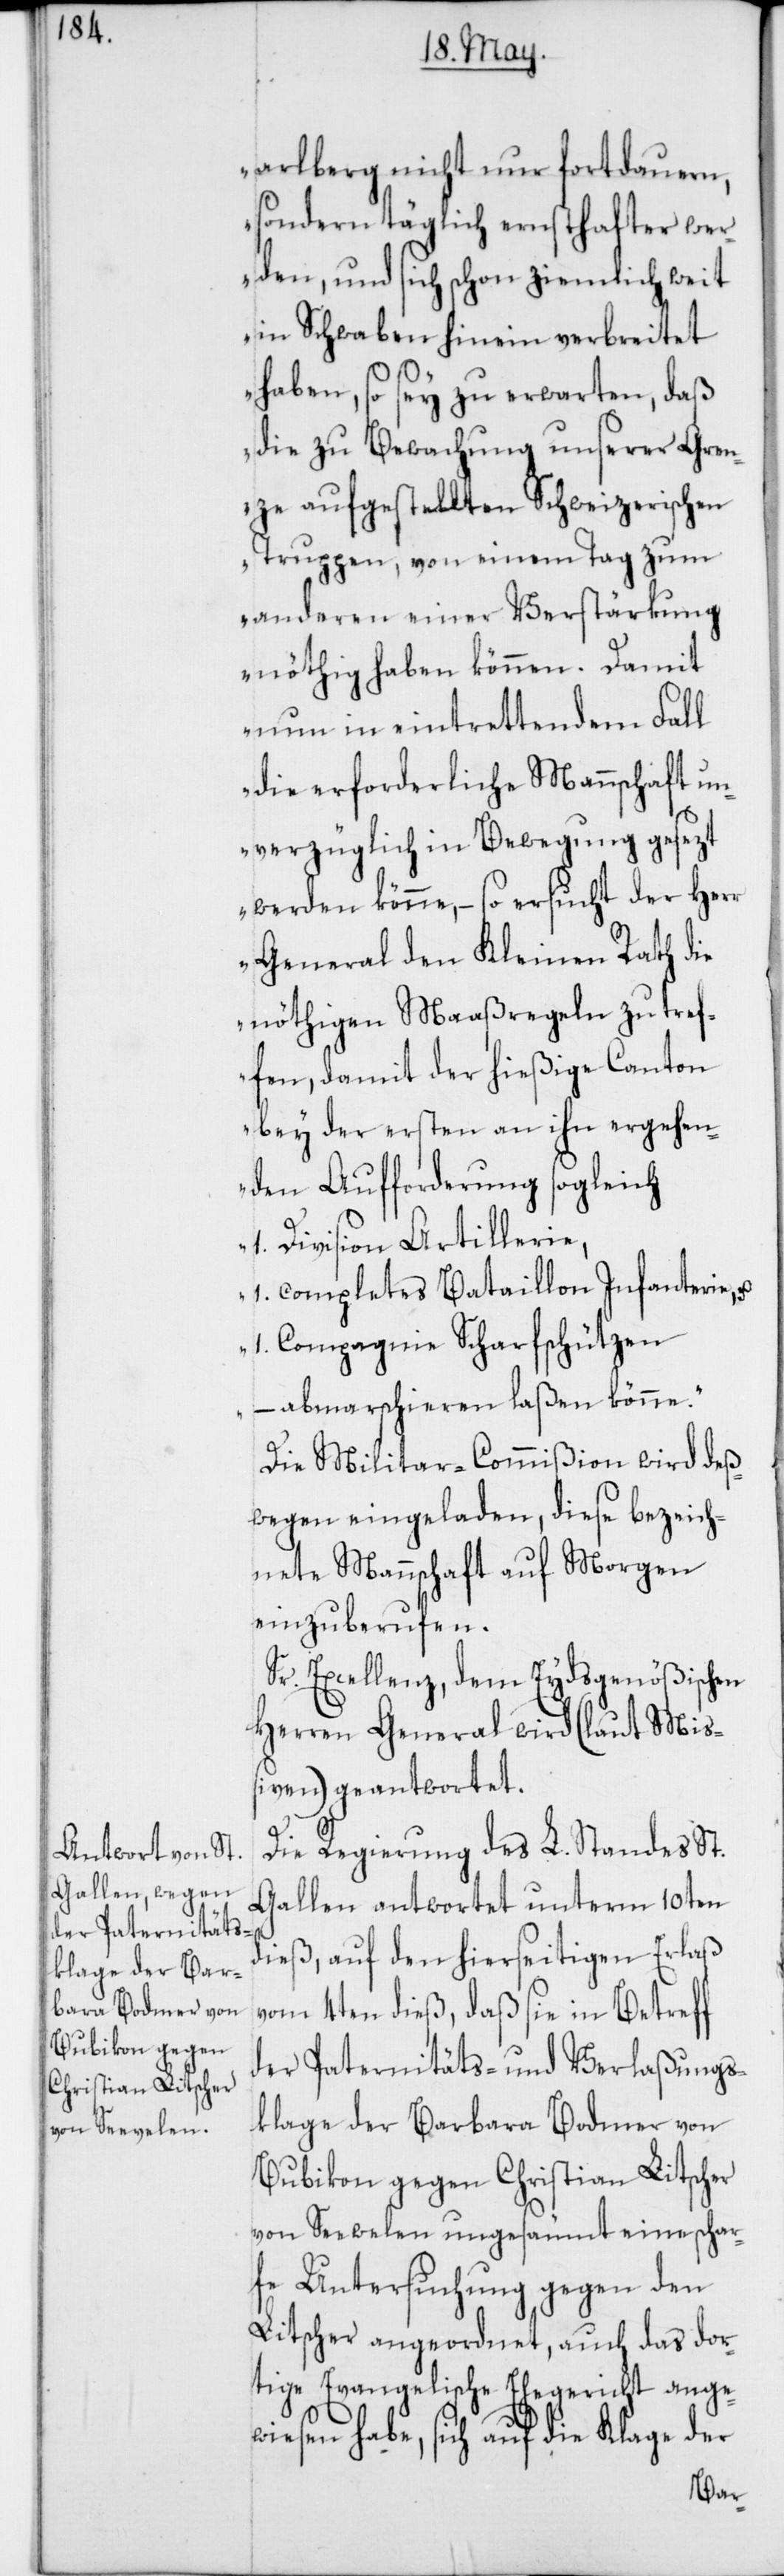
arlberg nicht nur fortdauern,
sondern täglich ernsthafter wer¬
den, und sich schon ziemlich weit
in Schwaben hinein verbreitet
haben, so sey zu erwarten, daß
die zu Bewachung unserer Gren¬
ze aufgestellten Schweizerischen
Truppen, von einem Tag zum
anderen einer Verstärkung
nöthig haben können. Damit
nun in eintrettendem Fall
die erforderliche Mannschaft un¬
verzüglich in Bewegung gesezt
werden könne, – so ersucht der Herr
General den Kleinen Rath die
nöthigen Maaßregeln zu tref¬
fen, damit der hießige Canton
bey der ersten an ihn ergehen¬
den Aufforderung sogleich
1. Division Artillerie,
1. complettes Bataillon Infanterie,
1. Compagnie Scharfschützen
abmarschieren laßen könne.“
Die Militar-Commißion wird deß¬
wegen eingeladen, diese bezeich¬
nete Mannschaft auf morgen
einzuberufen.
Sr. Excellenz, dem Eydsgenößischen
Herren General wird (laut Miß¬
iven) geantwortet.
Die Regierung des L. Standes St.
Gallen antwortet unterm 10ten
dieß, auf den hierseitigen Erlaß
vom 4ten dieß, daß sie in Betreff
der Paternitäts- und Verlaßungs¬
klage der Barbara Bodmer von
Bubikon gegen Christian Litscher
von Seevelen ungesäumt eine schar¬
fe Untersuchung gegen den
Litscher angeordnet, auch das dor¬
tige Evangelische Ehegericht ange¬
wiesen habe, sich auf die Klage der